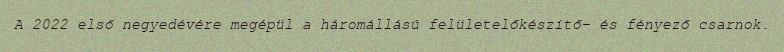
A 2022 első negyedévére megépül a háromállású felületelőkészítő- és fényező csarnok.